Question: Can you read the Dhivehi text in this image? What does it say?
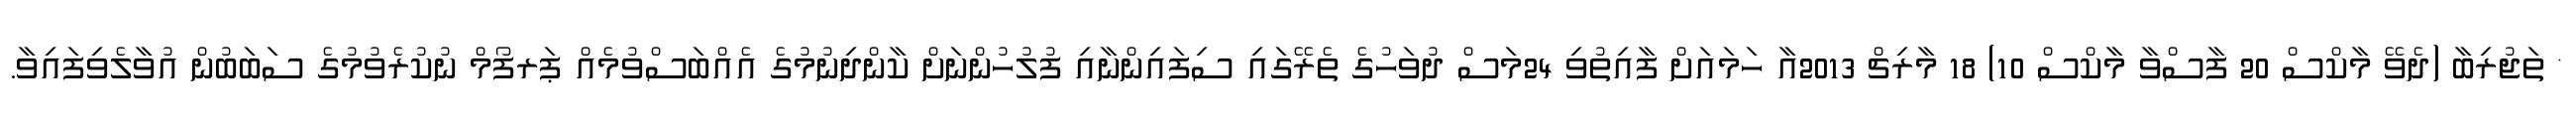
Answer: * ތަޖުރިބާ (ދެވޭ މާކްސް 20 ފާސްވާ މާކްސް 10) 18 މާރިޗް 2013އާ ހަމައަށް ފާއިތުވި 24މަސް ދުވަހުގެ ތެރޭގައި ސިފައިންނާއި ފުލުހުންނަށް ކާންދިނުމުގެ އެއްބަސްވުމެއް ޕަރފޯމް ނުކުރެވުމުގެ ސަބަބުން އުވާލެވިފައިވާ.